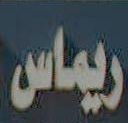
ريماس